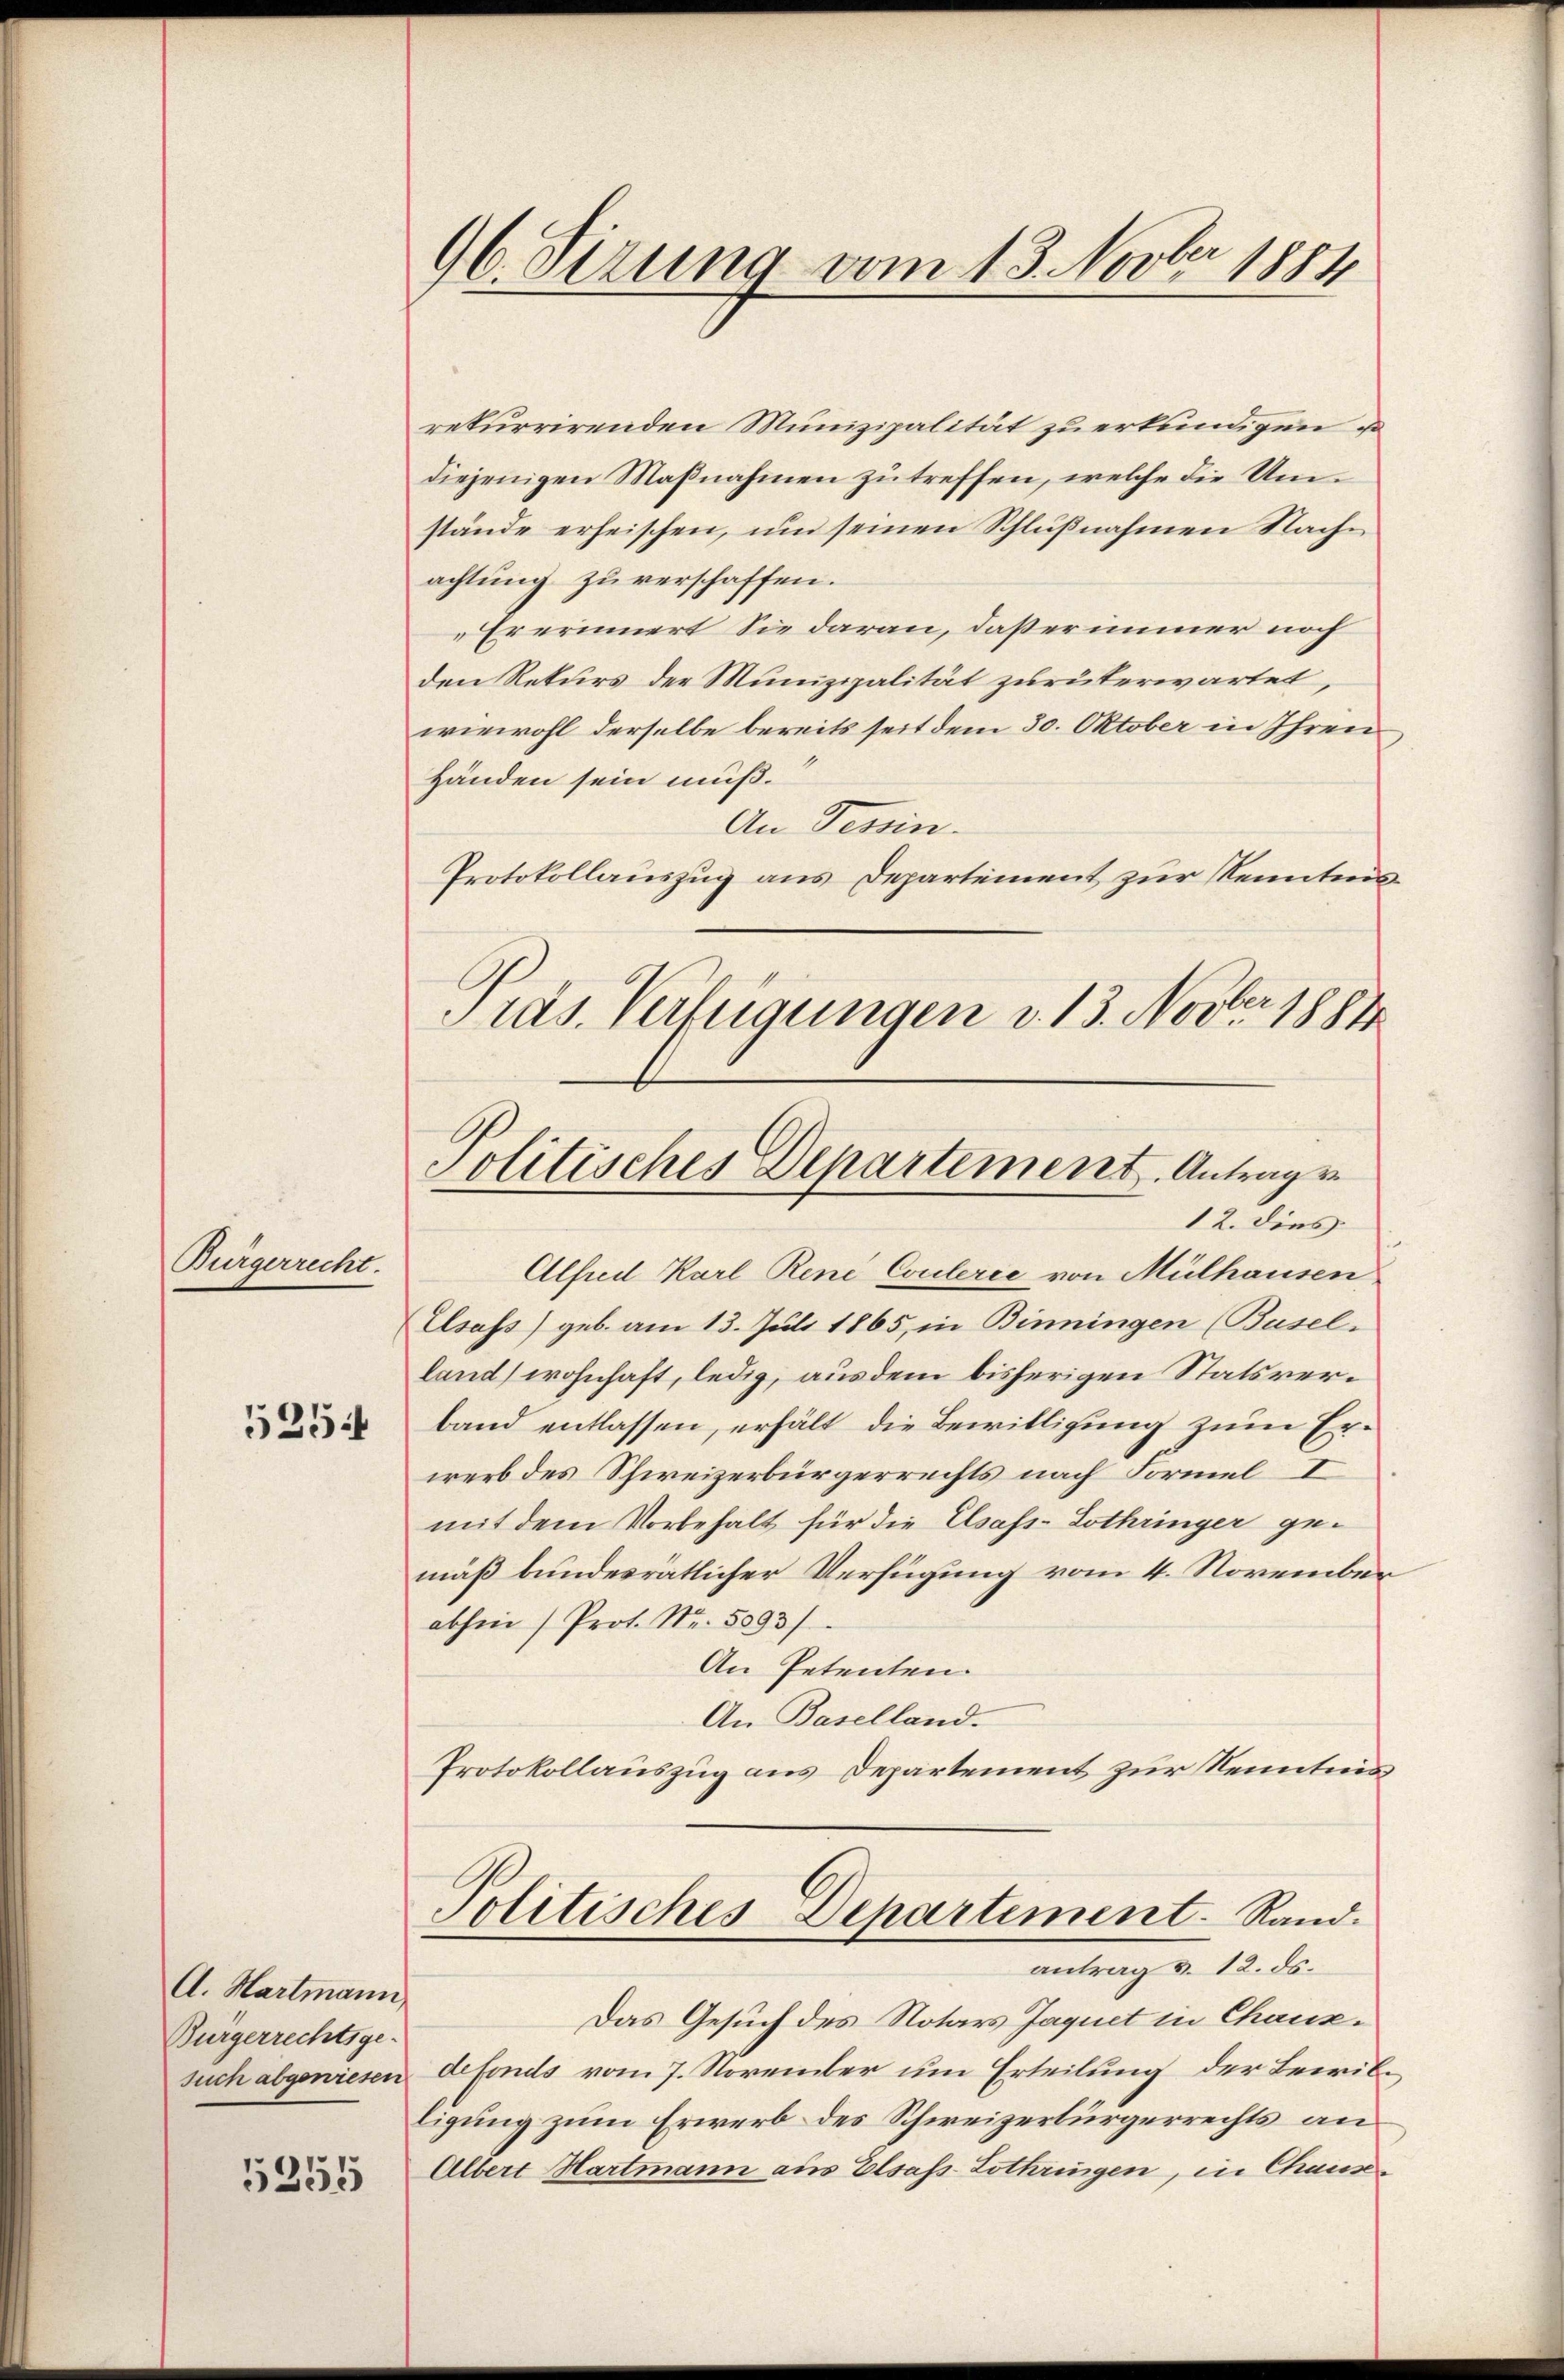
Bürgerrecht.

5254

5255

A. Hartmann,
Bürgerrechtsge-

96. Sizung vom 13. Novber 1884

rekurrirenden Munizipalität zu erkundigen u
diejenigen Maßnahmen zu treffen, welche die Umstände erheischen, um seinen Schlußnahmen Nachachtung zu verschaffen.
Er erinnert Sie daran, daß er immer noch
den Rekurs der Munizipalität zurükerwartet,
wiewohl derselbe bereits seit dem 30. Oktober in Ihren
Händen sein muß.
An Tessin.
Protokollauszug aus Departement zur Kenntnis
Präs. Verfügungen v. 13. Novber 1884

Politisches Departement. Antrage
12. dies

Alfred Karl Rene Coulerie von Mülhausen
Elsass) geb. am 13. Juli 1865, in Binningen (Basel-
land) wohnhaft, ledig, aus dem bisherigen Statsverband entlassen, erhält die Bewilligung zum Erwerb des Schweizerbürgerrechts nach Formel I
mit dem Vorbehalt für die Elsass-Lothringer gemäß bundesrätlicher Verfügung vom 4. November
abhin (Prot. Nr. 5093/
An Petenten.
An Baselland.
Protokollauszug aus Departement zur Kenntnis
Politisches Departement. Rand.
antrag v. 12. ds.
Das Gesuch des Notars Jaquet in Chaux-
such abgewiesen defonds vom 7. November um Erteilung der Bewilligung zum Erwerb des Schweizerbürgerrechts an¬
Albert Hartmann aus Elsass-Lothringen, in Chause